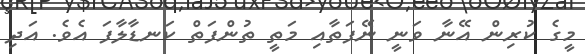
މީގެ ކުރިން އޭނާ ވަނީ ނޭފަތާއި މަތީ ތުންފަތް ކަނޑާލާފަ އެވެ. އަދި